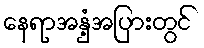
နေရာအနှံ့အပြားတွင်